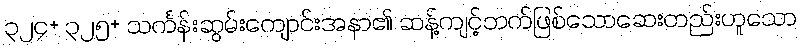
၃၂၄+ ၃၂၅+ သင်္ကန်းဆွမ်းကျောင်းအနာ၏ ဆန့်ကျင့်ဘက်ဖြစ်သောဆေးတည်းဟူသော